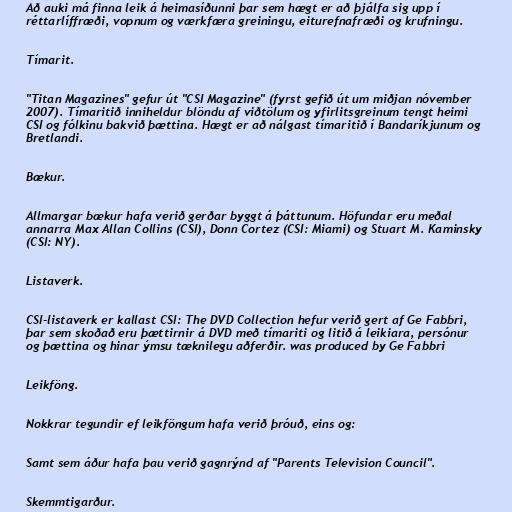
Að auki má finna leik á heimasíðunni þar sem hægt er að þjálfa sig upp í
réttarlíffræði, vopnum og værkfæra greiningu, eiturefnafræði og krufningu.

Tímarit.

"Titan Magazines" gefur út "CSI Magazine" (fyrst gefið út um miðjan nóvember
2007). Tímaritið inniheldur blöndu af viðtölum og yfirlitsgreinum tengt heimi
CSI og fólkinu bakvið þættina. Hægt er að nálgast tímaritið í Bandaríkjunum og
Bretlandi.

Bækur.

Allmargar bækur hafa verið gerðar byggt á þáttunum. Höfundar eru meðal
annarra Max Allan Collins (CSI), Donn Cortez (CSI: Miami) og Stuart M. Kaminsky
(CSI: NY).

Listaverk.

CSI-listaverk er kallast CSI: The DVD Collection hefur verið gert af Ge Fabbri,
þar sem skoðað eru þættirnir á DVD með tímariti og litið á leikiara, persónur
og þættina og hinar ýmsu tæknilegu aðferðir. was produced by Ge Fabbri

Leikföng.

Nokkrar tegundir ef leikföngum hafa verið þróuð, eins og:

Samt sem áður hafa þau verið gagnrýnd af "Parents Television Council".

Skemmtigarður.